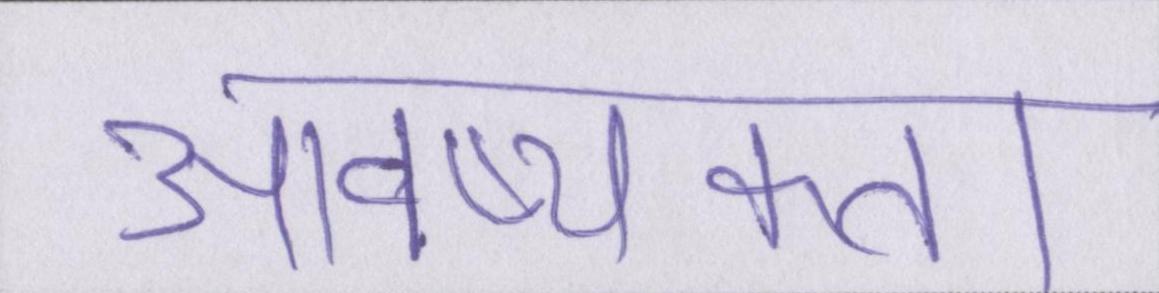
आवष्यकता